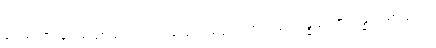
ရူပသညာ၊ ရူပသညာသည်။ သဒ္ဒသညာ၊ သဒ္ဒသညာသည်။ ဂန္ဓသညာ၊ ဂန္ဓသညာသည်။